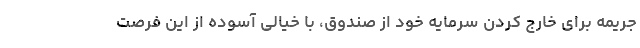
جریمه برای خارج کردن سرمایه خود از صندوق، با خیالی آسوده از این فرصت